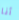
أنا